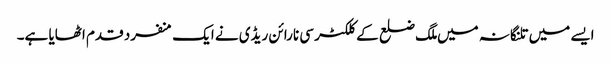
ایسے میں تلنگانہ میں ملگ ضلع کے کلکٹر سی نارائن ریڈی نے ایک منفرد قدم اٹھایا ہے۔